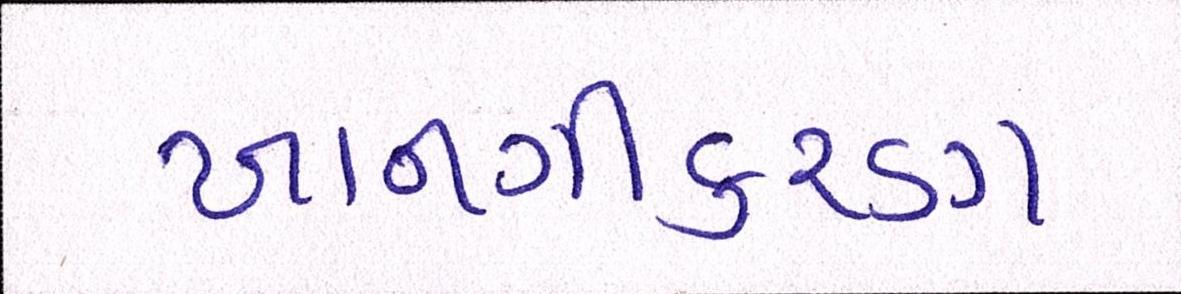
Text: ખાનગીકરણ